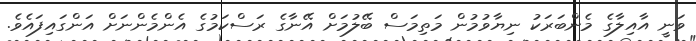
ވަނީ އާއިލާގެ މެންބަރަކު ނިޔާވުމުން މަތިމަސް ބޭލުމަށް އޭނާގެ ރަސްކަމުގެ އެންމެންނަށް އަންގައިފައެވެ.